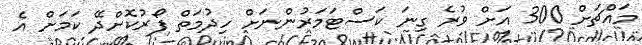
މައްޗަށް 300 އަށް ވުރެ ގިނަ ކަސްޓަމަރުންނަށް ހިދުމަތް ފޯރުކޮށްދޭ ކަމަށް އެ